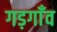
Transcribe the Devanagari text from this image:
गड़गाँव